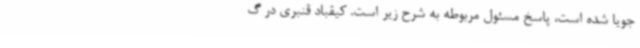
جویا شده است، پاسخ مسئول مربوطه به شرح زیر است. کیقباد قنبری در گ